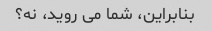
بنابراین، شما می روید، نه؟